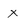
Character: x